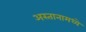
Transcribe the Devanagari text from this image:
अस्तानामध्ये